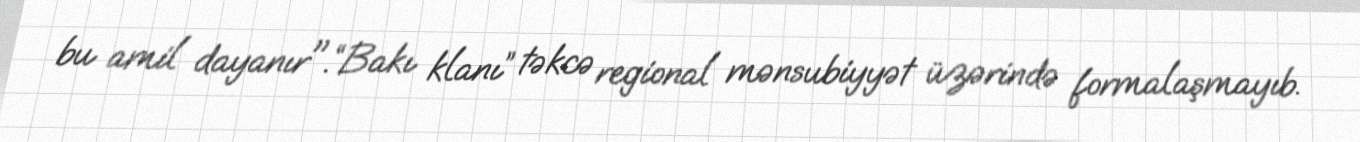
bu amil dayanır".“Bakı klanı” təkcə regional mənsubiyyət üzərində formalaşmayıb.